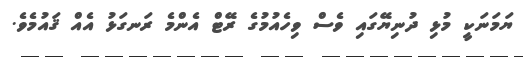
ޔަމަނަކީ މުޅި ދުނިޔޭގައި ވެސް ވިހެއުމުގެ ރޭޓް އެންމެ ރަނގަޅު އެއް ޤައުމެވެ.